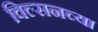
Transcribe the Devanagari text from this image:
विल्सनच्या